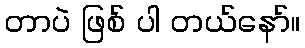
တာပဲ ဖြစ် ပါ တယ်နော်။